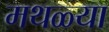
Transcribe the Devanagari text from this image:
मथळ्या